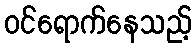
ဝင်ရောက်နေသည့်